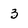
Character: 3